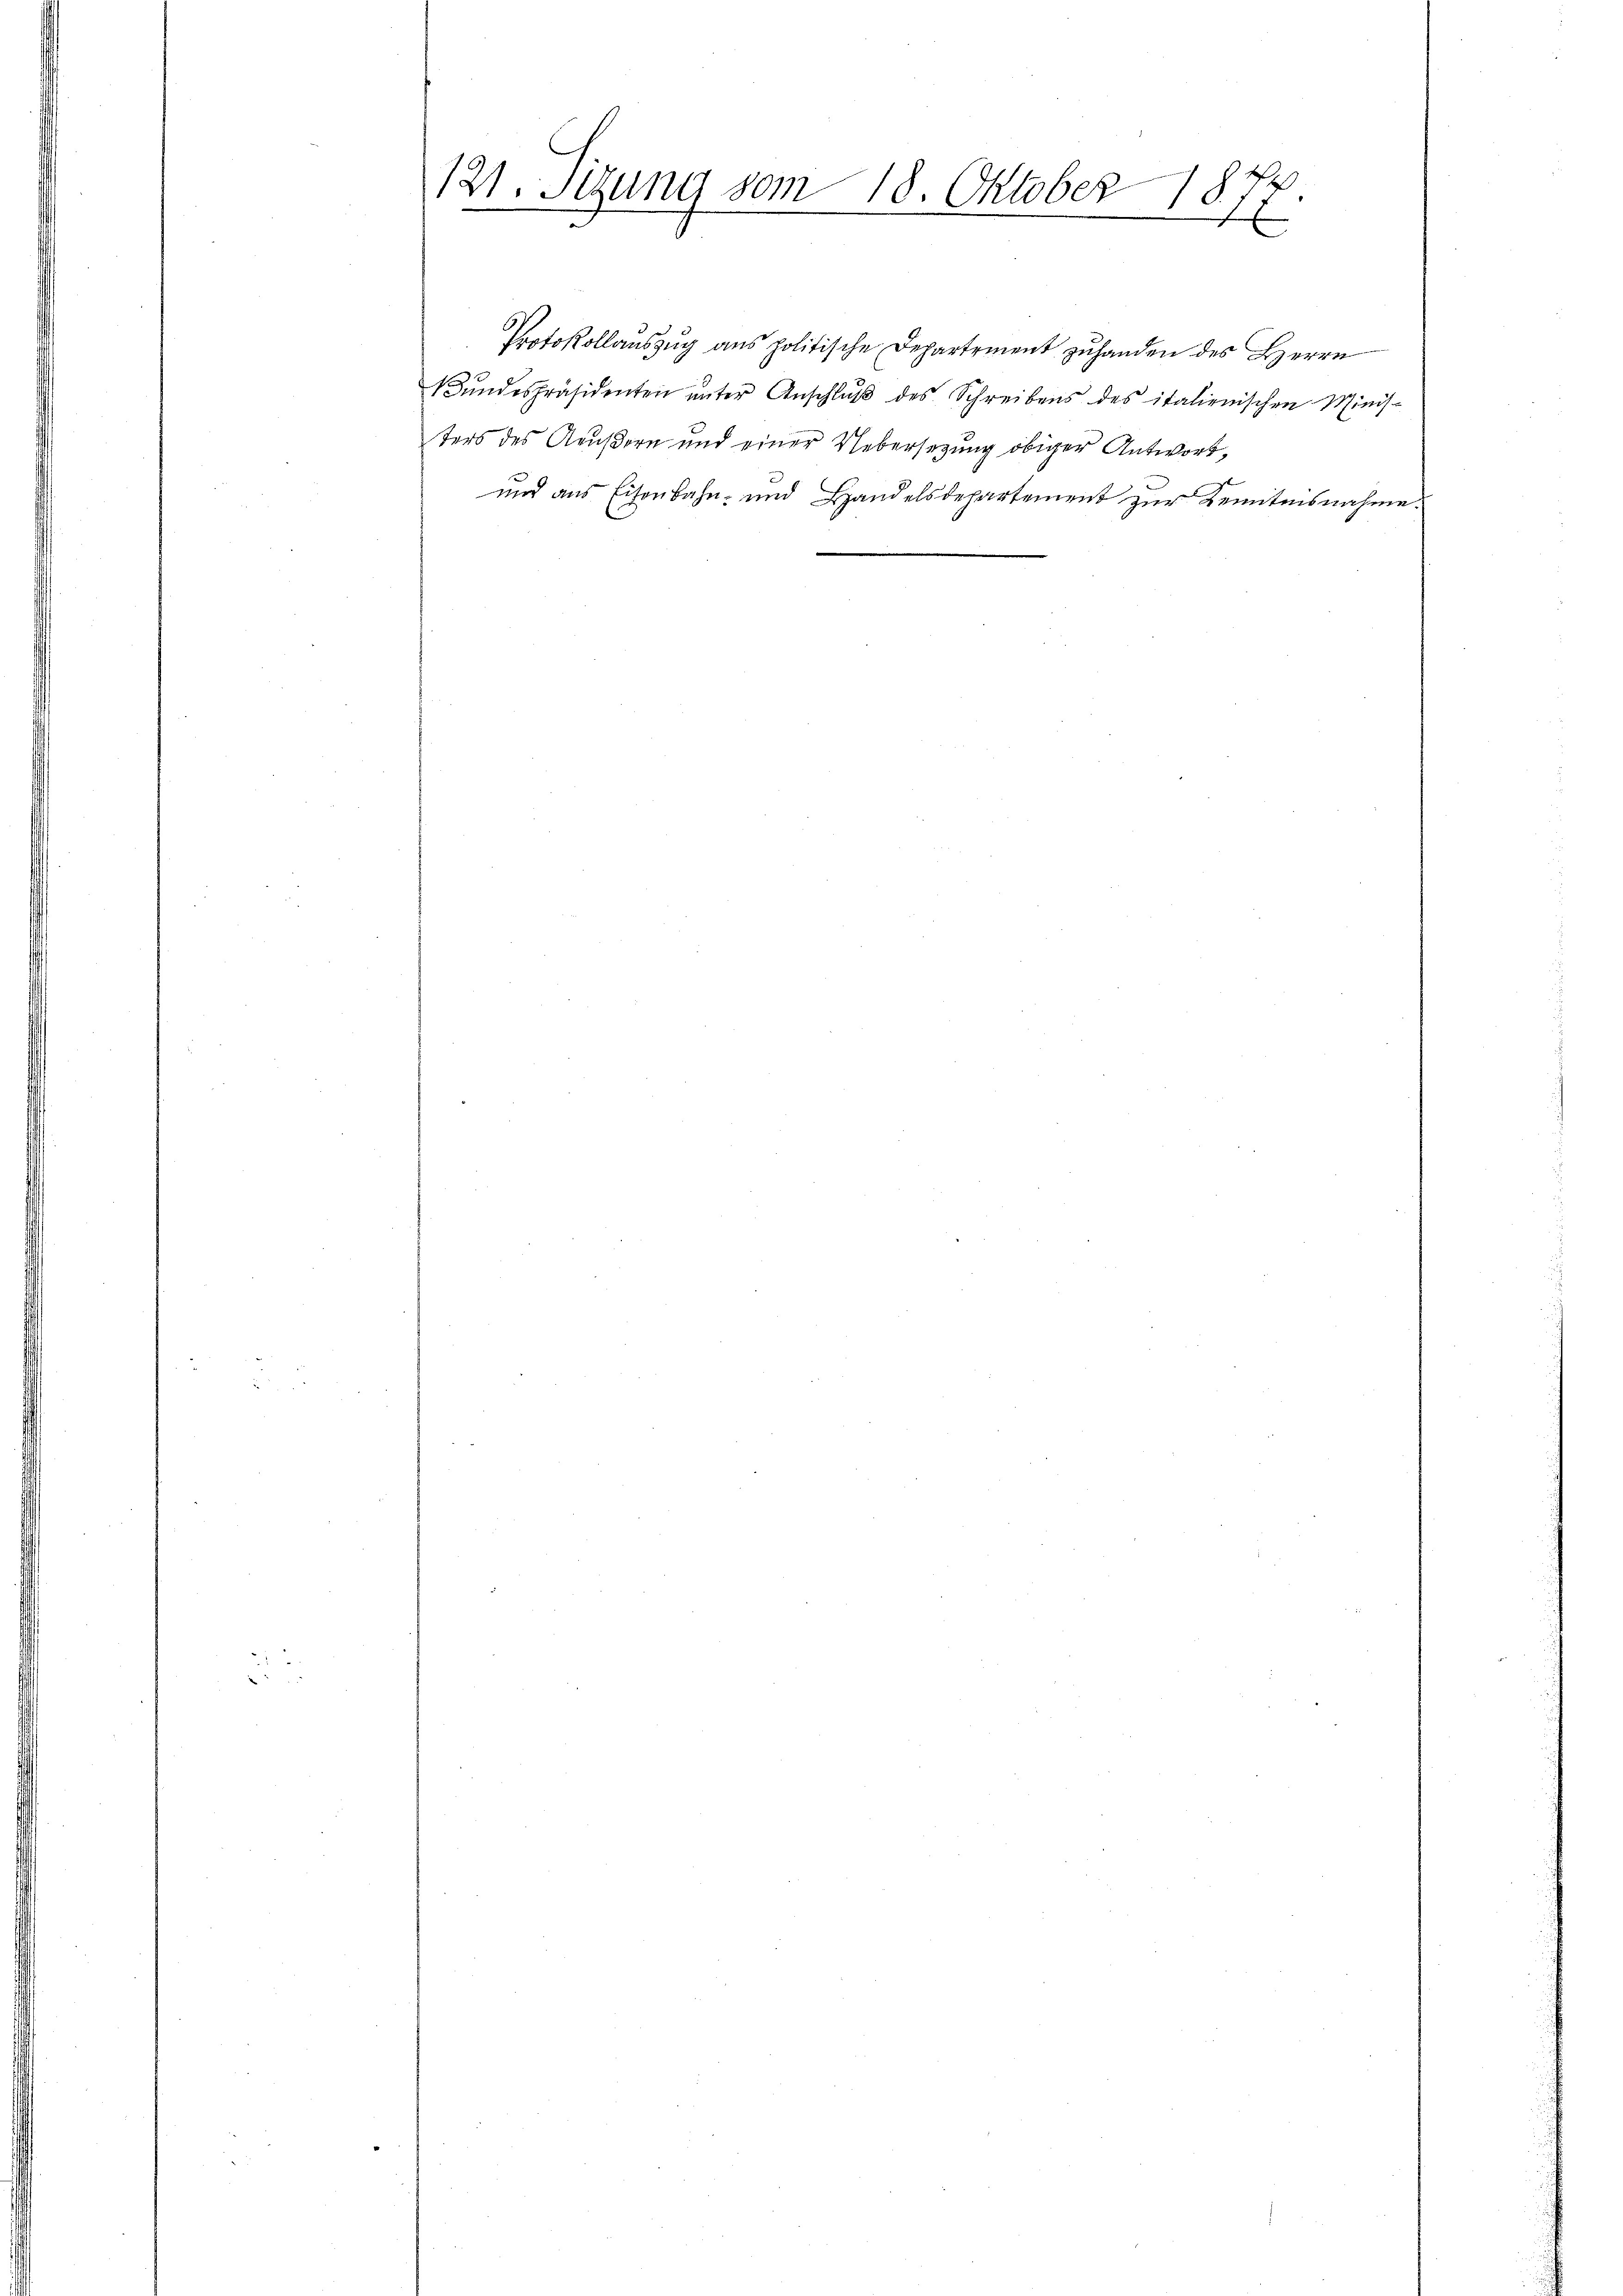
121. Setzung vom 18. Oktober
E
1811
e
.

Protokollaŭszŭg ans politische Departement zŭ handen des Herrn
Bŭndespräsidenten ŭnter Anschlŭβ des Schreibens des italienischen Minis-
ters des Aeußern und einer Uebersezung obiger Antwort,
und aus Eisenbahn- und Handelsdepartement zur Kenntnisnahme.